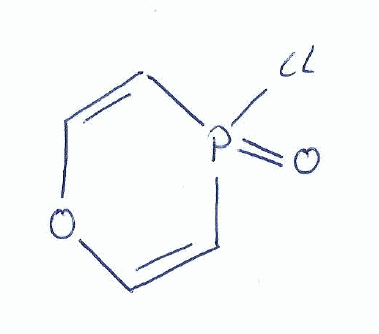
Simplified molecular-input line-entry system (SMILES) notation of the given molecule:
C1=CP(=O)(C=CO1)Cl